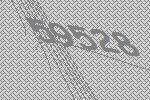
59528